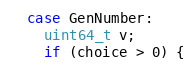
Language: C++
  case GenNumber:
    uint64_t v;
    if (choice > 0) {